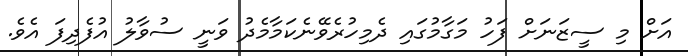
އަށް މި ސީޒަނަށް ފަހު މަގާމުގައި ދެމިހުރެވޭނެކަމާމެދު ވަނީ ސުވާލު އުފެދިފަ އެވެ.